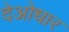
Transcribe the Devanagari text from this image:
देओधार